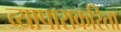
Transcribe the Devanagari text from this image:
व्यापाराकरिता